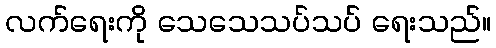
လက်ရေးကို သေသေသပ်သပ် ရေးသည်။